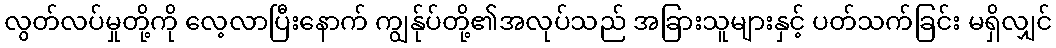
လွတ်လပ်မှုတို့ကို လေ့လာပြီးနောက် ကျွန်ုပ်တို့၏အလုပ်သည် အခြားသူများနှင့် ပတ်သက်ခြင်း မရှိလျှင်